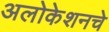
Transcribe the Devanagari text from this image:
अलोकेशनचे